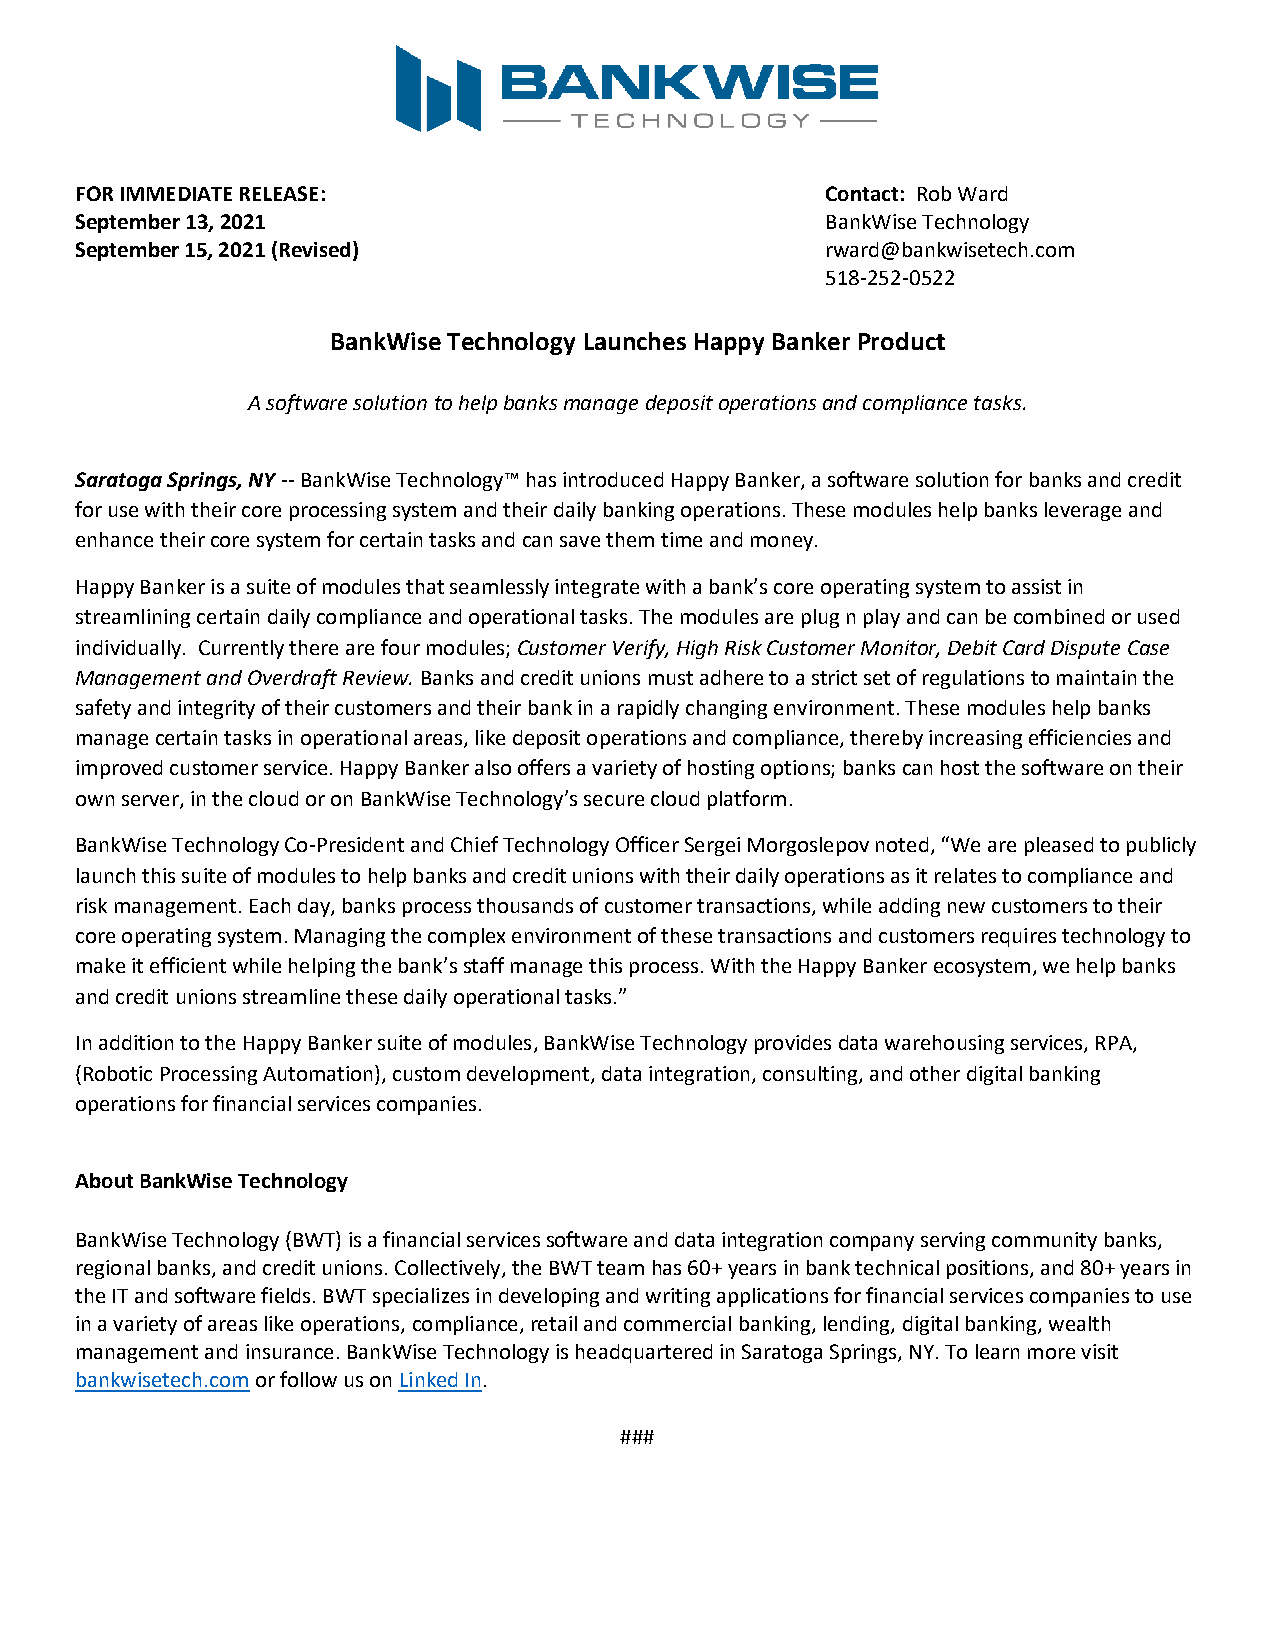
FOR IMMEDIATE RELEASE:                            Contact: Rob Ward
 September 13, 2021                                BankWise Technology
 September 15, 2021 (Revised)                      rward@bankwisetech.com
 518-252-0522
 BankWise Technology Launches Happy Banker Product
 A software solution to help banks manage deposit operations and compliance tasks.
 Saratoga Springs, NY -- BankWise Technology™ has introduced Happy Banker, a software solution for banks and credit
 for use with their core processing system and their daily banking operations. These modules help banks leverage and
 enhance their core system for certain tasks and can save them time and money.
 Happy Banker is a suite of modules that seamlessly integrate with a bank’s core operating system to assist in
 streamlining certain daily compliance and operational tasks. The modules are plug n play and can be combined or used
 individually. Currently there are four modules; Customer Verify, High Risk Customer Monitor, Debit Card Dispute Case
 Management and Overdraft Review. Banks and credit unions must adhere to a strict set of regulations to maintain the
 safety and integrity of their customers and their bank in a rapidly changing environment. These modules help banks
 manage certain tasks in operational areas, like deposit operations and compliance, thereby increasing efficiencies and
 improved customer service. Happy Banker also offers a variety of hosting options; banks can host the software on their
 own server, in the cloud or on BankWise Technology’s secure cloud platform.
 BankWise Technology Co-President and Chief Technology Officer Sergei Morgoslepov noted, “We are pleased to publicly
 launch this suite of modules to help banks and credit unions with their daily operations as it relates to compliance and
 risk management. Each day, banks process thousands of customer transactions, while adding new customers to their
 core operating system. Managing the complex environment of these transactions and customers requires technology to
 make it efficient while helping the bank’s staff manage this process. With the Happy Banker ecosystem, we help banks
 and credit unions streamline these daily operational tasks.”
 In addition to the Happy Banker suite of modules, BankWise Technology provides data warehousing services, RPA,
 (Robotic Processing Automation), custom development, data integration, consulting, and other digital banking
 operations for financial services companies.
 About BankWise Technology
 BankWise Technology (BWT) is a financial services software and data integration company serving community banks,
 regional banks, and credit unions. Collectively, the BWT team has 60+ years in bank technical positions, and 80+ years in
 the IT and software fields. BWT specializes in developing and writing applications for financial services companies to use
 in a variety of areas like operations, compliance, retail and commercial banking, lending, digital banking, wealth
 management and insurance. BankWise Technology is headquartered in Saratoga Springs, NY. To learn more visit
 bankwisetech.com or follow us on Linked In.
 ###